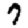
Digit: 7